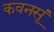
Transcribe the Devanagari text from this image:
कवनसूं